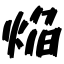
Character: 焔